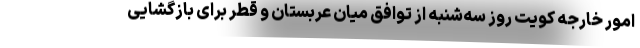
امور خارجه کویت روز سه‌شنبه از توافق میان عربستان و قطر برای بازگشایی